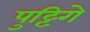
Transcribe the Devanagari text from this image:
पुट्टिगे